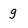
Character: g